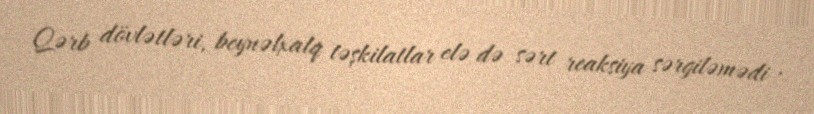
Qərb dövlətləri, beynəlxalq təşkilatlar elə də sərt reaksiya sərgiləmədi ,